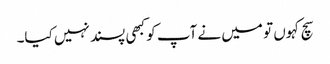
سچ کہوں تو میں نے آپ کو کبھی پسند نہیں کیا۔